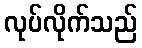
လုပ်လိုက်သည်